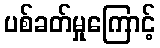
ပစ်ခတ်မှုကြောင့်